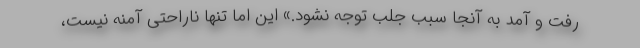
رفت و آمد به آنجا سبب جلب توجه نشود.» این اما تنها ناراحتی آمنه نیست،